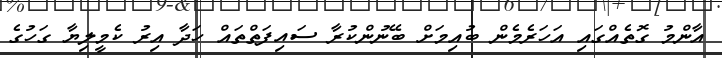
އާންމު ގޮތެއްގައި އަހަރެމެން ބުއިމަށް ބޭނުންކުރާ ސައިފަތްތައް ހަދާ އިރު ކެމީލިޔާ ގަހުގެ